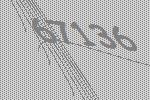
67136